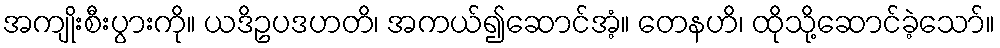
အကျိုးစီးပွားကို။ ယဒိဥပဒဟတိ၊ အကယ်၍ဆောင်အံ့။ တေနဟိ၊ ထိုသို့ဆောင်ခဲ့သော်။